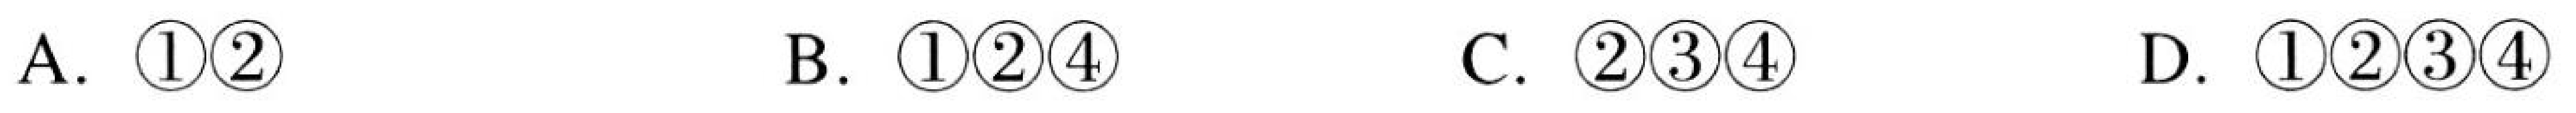
A. \(\textcircled{1}\textcircled{2}\)  B. \(\textcircled{1}\textcircled{2}\textcircled{4}\)  C. \(\textcircled{2}\textcircled{3}\textcircled{4}\)  D. \(\textcircled{1}\textcircled{2}\textcircled{3}\textcircled{4}\)